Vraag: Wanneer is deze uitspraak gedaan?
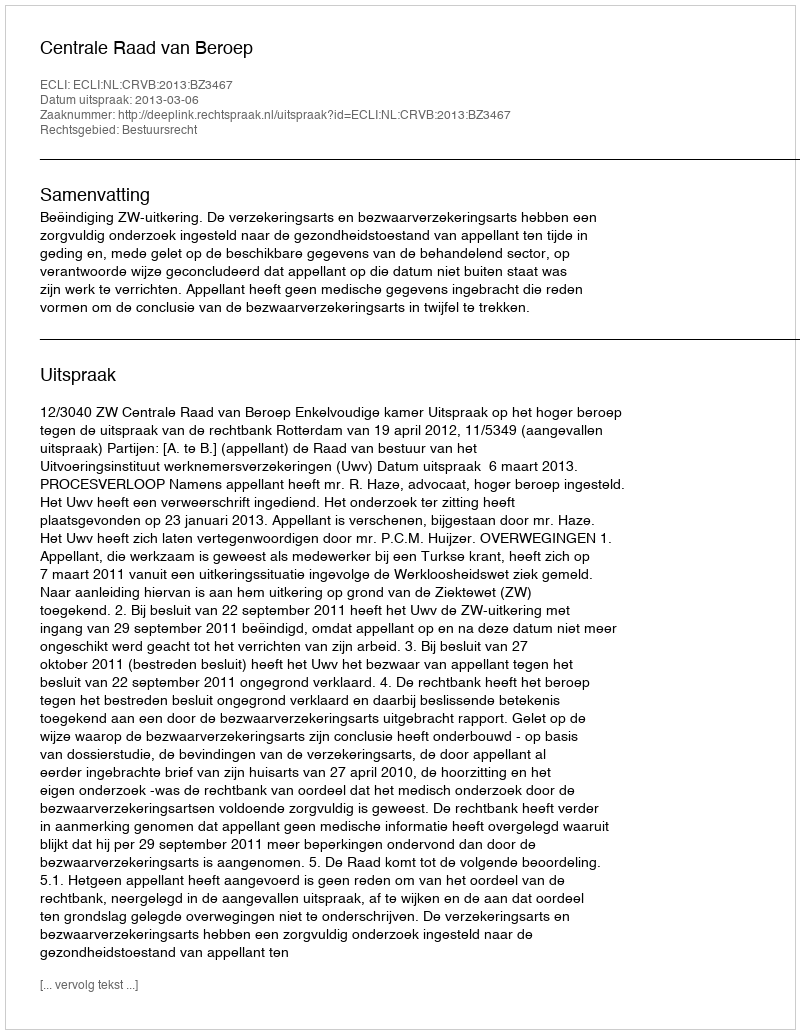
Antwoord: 2013-03-06